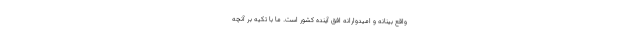
واقع بینانه و امیدوارانهِ افق آینده کشور است. ما با تکیه بر آنچه